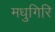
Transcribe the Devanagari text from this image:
मधुगिरि